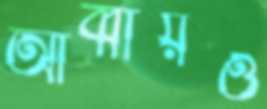
আব্বায়ও